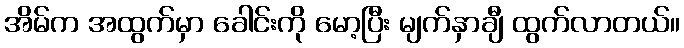
အိမ်က အထွက်မှာ ခေါင်းကို မော့ပြီး မျက်နှာချီ ထွက်လာတယ်။